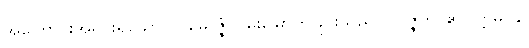
အကြောင်းအရင်းရှိသော။ ပါမောဇ္ဇံ၊ ဝမ်းမြောက်ခြင်းသည်။ ဥပ္ပဇ္ဇတိ၊ ၏။ ဣဓပန၊